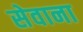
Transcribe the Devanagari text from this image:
सेवाना